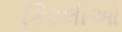
કિટલીઓ